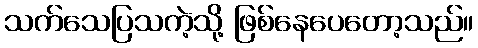
သက်သေပြသကဲ့သို့ ဖြစ်နေပေတော့သည်။